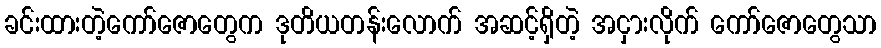
ခင်းထားတဲ့ကော်ဇောတွေက ဒုတိယတန်းလောက် အဆင့်ရှိတဲ့ အငှားလိုက် ကော်ဇောတွေသာ